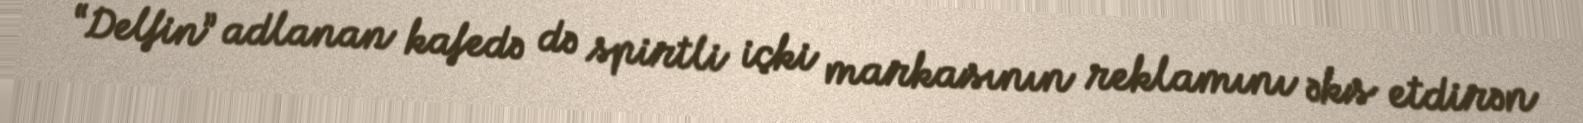
“Delfin” adlanan kafedə də spirtli içki markasının reklamını əks etdirən